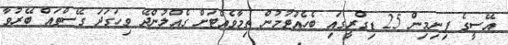
އޭސީގެ ފިނިމިން 25 ޑިގްރީގައި ބެހެއްޓުމުން ތިމާވެއްޓަށް ގެއްލުންދޭ ވިހަގަދަ ގޭސްތައް ބޭރުވާ